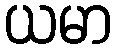
ယမာ